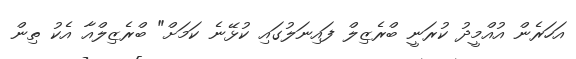
އަހަރެން އުއްމީދު ކުރަނީ ބްރެޒިލް ފައިނަލުގައި ކުޅޭނެ ކަމަށް" ބްރެޒިލްއާ އެކު ތިން